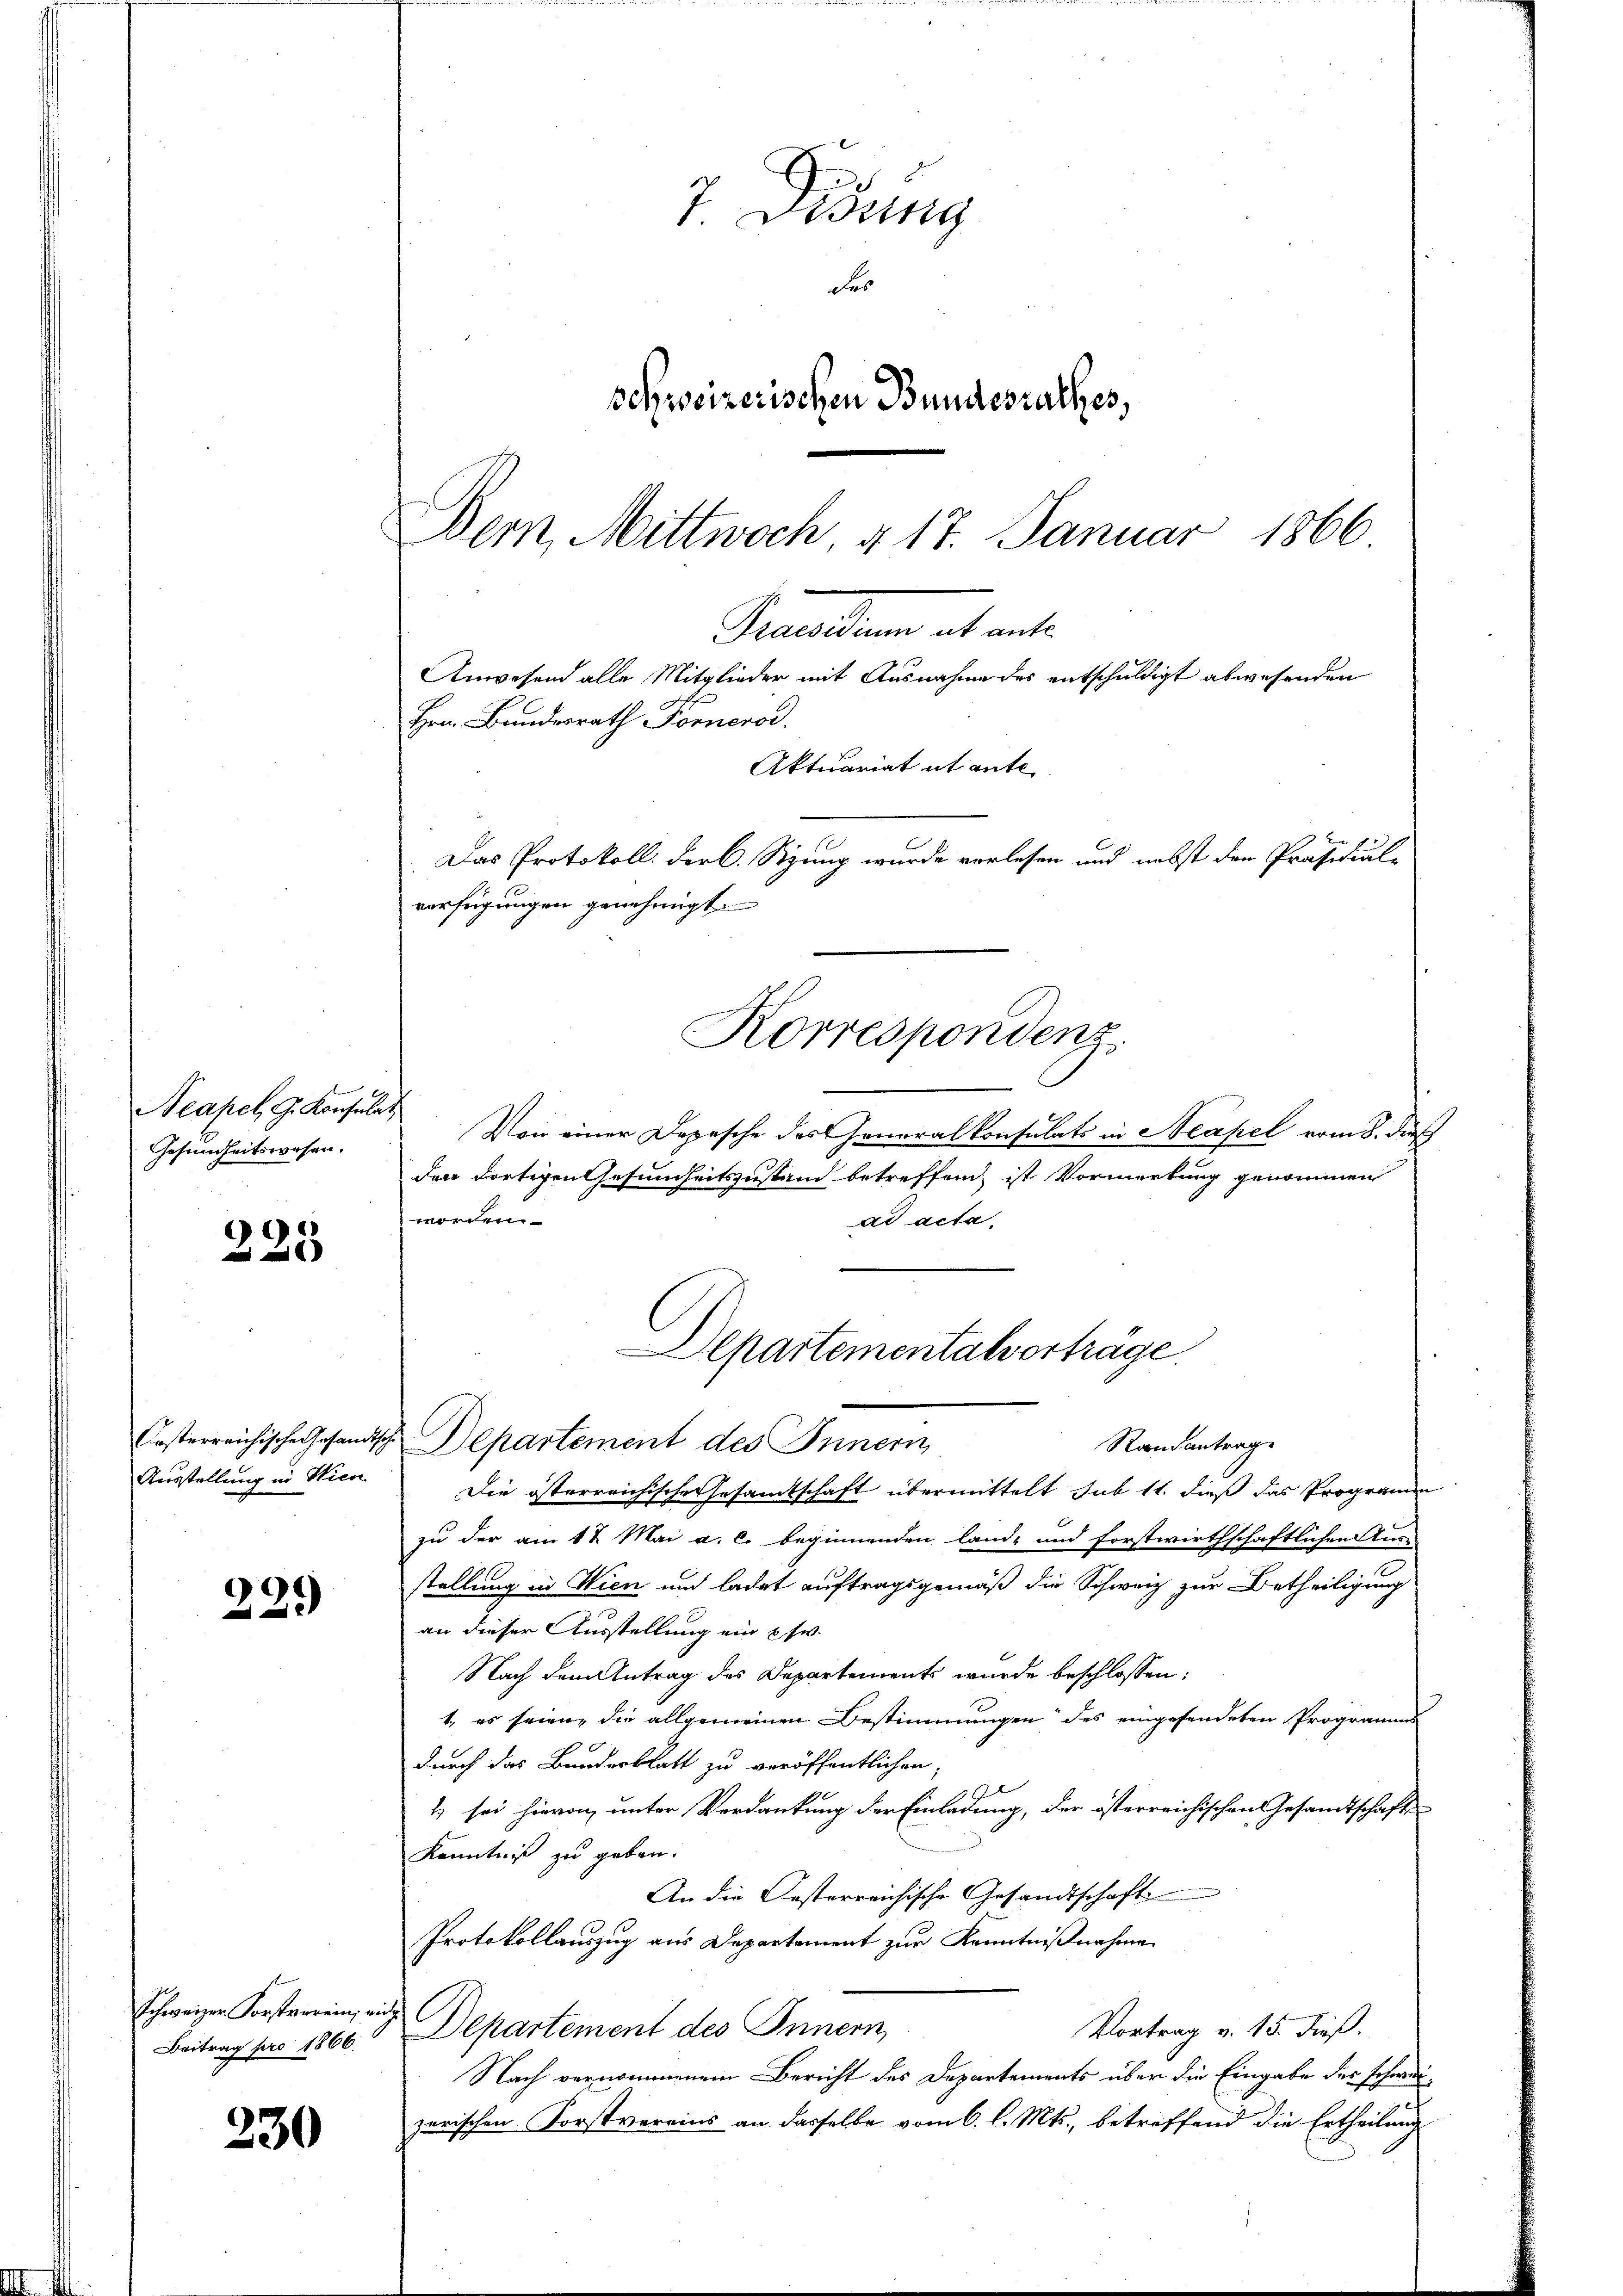
Neapel, G. Konsuls
Gesundheitswesen.

225

229

schweizer Forstverein, nicht
Beitrag pro 1866.

230

Ganellen abwarte
Anwesend alle Mitglieder mit Ausnahme des entschuldigt abwesenden
Hrn. Bundesrath Fornerod.
Aktuariat ut ante.
Das Protokoll. Der C. Sitzung wurde verlesen und nebst der Präsidial-
verfügungen genehmigt.
Korrespondenz.

7 Didung
der
schweizerischen Bundesrathes,
Dern, Mittwoch, § 17. Januar 1866

Von einer Depesche des Generalkonsulats in Neapel vom 8. dieß
den dortigen Gesundheitszustand betreffend ist Vormerkung genommen
worden.
ad acta.
Ausstellung in Wien. Die österreichische Gesamtschaft übermittelt sub 11. dieß das Programm
zu der am 12 Mai a. c. beginnenden land- und forstwirthschaftlichen Aus-
stellung in Wien und ladet auftragsgemäß die Schweiz zur Betheiligung
an dieser Ausstellung ein usw.
Nach dem Antrag des Departements wurde beschlossen:
1. es seien, die allgemeinen Bestimmungen des eingesendeten Programms
durch das Banderblatt zu veröffentlichen
1 sei hievon unter Verdankung der Einladung, der österreichischen Gesandtschafte
Kenntniß zu geben.
An die Oesterreichische Gesandtschaft
Protokollauszug aus Departement zur Kenntnißnahme
Departement des Innern
Vortrag v. 15. dieß.
Nach vernommenem Bericht des Departements über die Eingabe der schweizerischen Forstvereins an dasselbe vom 6. l. Mts., betreffend die Ertheilung

Departementalverträge.
Ersterreichische Gesandtsche Departement des Innern,
Randantrag